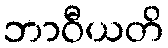
ဘာဝီယတိ